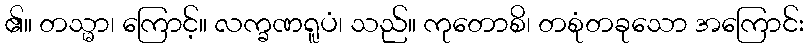
၏။ တသ္မာ၊ ကြောင့်။ လက္ခဏရူပံ၊ သည်။ ကုတောစိ၊ တစုံတခုသော အကြောင်း